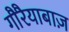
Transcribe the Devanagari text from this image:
गौरैयाबाज़